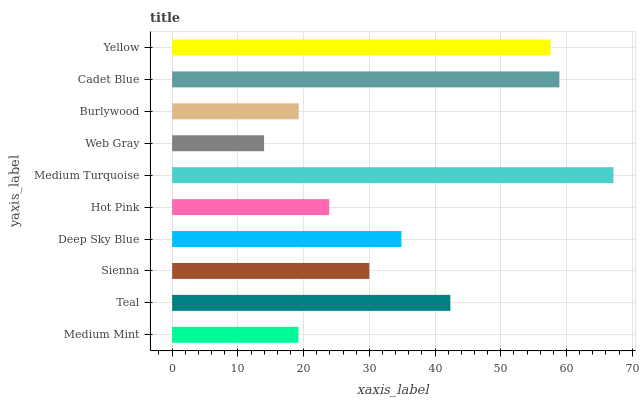
| yaxis_label | bars |
 | --- | --- |
 | Medium Mint | 19.2 |
 | Teal | 42.3 |
 | Sienna | 30 |
 | Deep Sky Blue | 34.9 |
 | Hot Pink | 23.9 |
 | Medium Turquoise | 67.1 |
 | Web Gray | 14 |
 | Burlywood | 19.3 |
 | Cadet Blue | 58.9 |
 | Yellow | 57.6 |